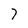
Character: 7